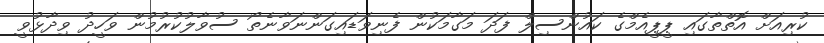
ކުރިއަށް އޮތްތާގައި ޕީޕީއެމްގެ ކައުންސިލް ފަދަ މަގާމަކުން ފެނިވަޑައިގަންނަވާނެތޯ ސުވާލުކުރުމުން ވަހީދު ވިދާޅުވީ